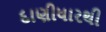
દાણીધારથી